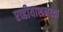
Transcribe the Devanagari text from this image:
एव्हीयाशनच्या